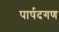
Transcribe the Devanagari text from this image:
पार्षदगण